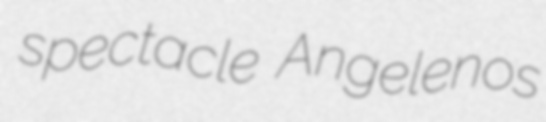
spectacle Angelenos